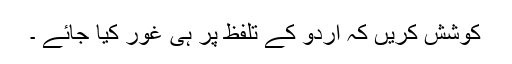
کوشش کریں کہ اردو کے تلفظ پر ہی غور کیا جائے ۔